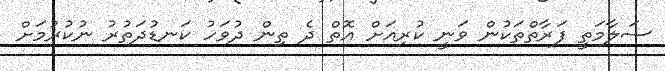
ސަލާމަތީ ފަރާތްތަކުން ވަނީ ކުރިއަށް އޮތް ދެ ތިން ދުވަހު ކަނޑުދަތުރު ނުކުރުމަށް